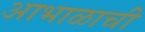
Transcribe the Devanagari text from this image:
आभाळाची